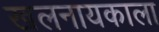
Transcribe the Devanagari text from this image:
खलनायकाला